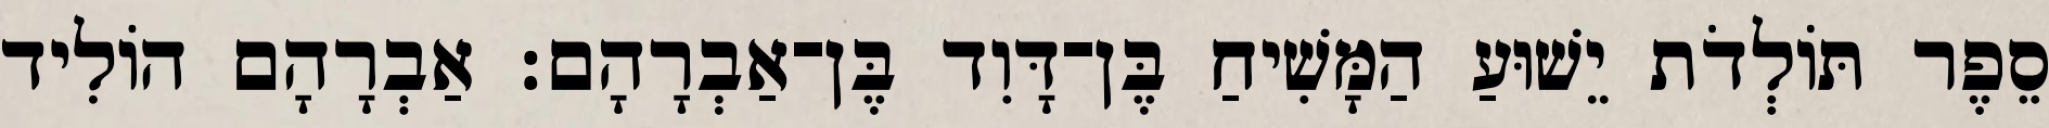
סֵפֶר תּוֹלְדֹת יֵשׁוּעַ הַמָּשִׁיחַ בֶּן־דָּוִד בֶּן־אַבְרָהָם׃ אַבְרָהָם הוֹלִיד